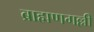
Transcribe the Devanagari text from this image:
ब्राह्मणगल्ली